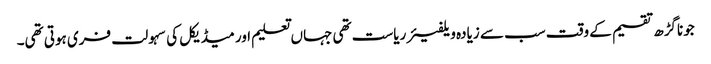
جوناگڑھ تقسیم کے وقت سب سے زیادہ ویلفیئر ریاست تھی جہاں تعلیم اور میڈیکل کی سہولت فری ہوتی تھی۔